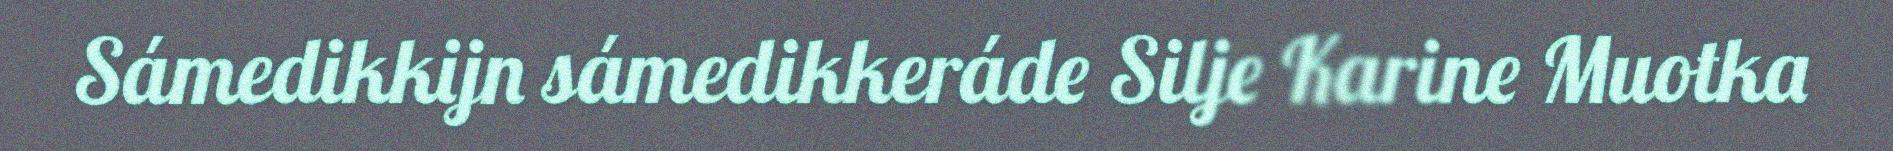
Sámedikkijn sámedikkeráde Silje Karine Muotka